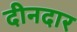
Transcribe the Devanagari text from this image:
दीनदार